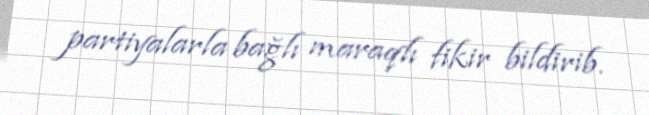
partiyalarla bağlı maraqlı fikir bildirib.